Medical and sanitary report of the native army of Bengal for the year
Year: 1877
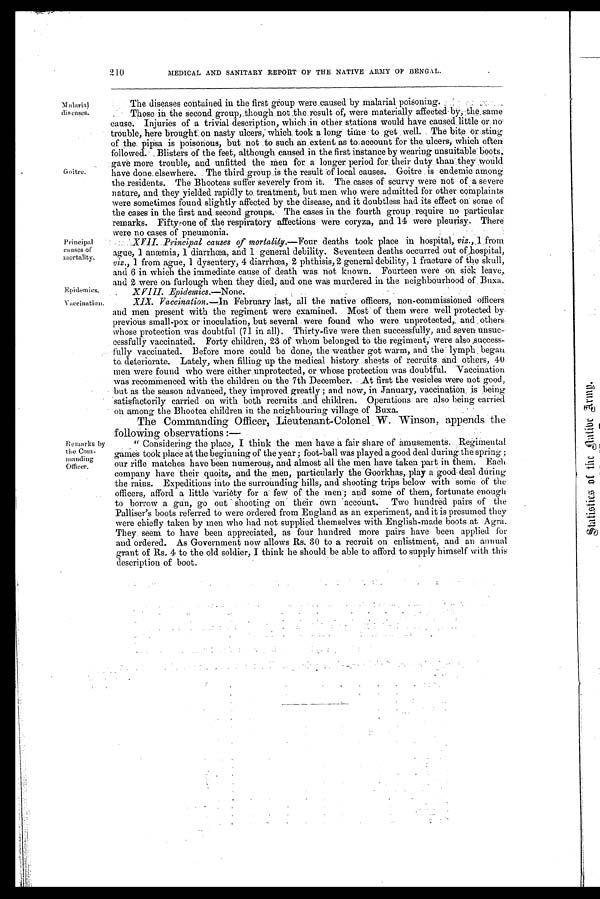
210
MEDICAL AND SANITARY REPORT OF THE NATIVE ARMY OF BENGAL.
Malarial
diseases.
Goitre.
Principal
causes of
mortality.
Epidemics.
The diseases contained in the first group were caused by malarial poisoning.
Those in the second group, though not the result of, were materially affected by, the same
cause. Injuries of a trivial description, which in other stations would have caused.little or,
trouble, here brought on nasty ulcers; which, took a long time to get well The bite or sting
of the pipsa is poisonous, but not to such an extent as to account for the ulcers, which often
followed. Blisters of the feet, although caused in the first instance by wearing unsuitable boots,
gave more trouble, and unfitted the men for a longer period for their duty than they would
have done elsewhere. The third group is the result of local causes. Goitre is endemic among
the residents. The Bhooteas suffer severely from it. The cases of scurvy were not of a severe
nature, and they yielded rapidly to treatment, but men who were admitted for other complaints
were sometimes found slightly affected by the disease, and it doubtless had its effect on some of
the cases in the first and second groups. The cases in the fourth group require no particular
remarks. Fifty-one of the respiratory affections were coryza, and 14 were pleurisy. There
were no cases of pneumonia.
XVII. Principal causes of mortality.— Four deaths took place in hospital, viz., 1 from
ague,1 anæmia,1 diarrhœa, and 1 general debility. Seventeen deaths occurred out of hospital,
viz., 1 from ague, 1 dysentery, 4 diarrhœa, 2 phthisis, 2 general debility, 1 fracture of the skull,
and 6 in which the immediate cause of death was not known. Fourteen were on sick leave,
and 2 were on furlough when they died, and one was murdered in the neighbourhood of. Buxa.
X VIII. Epidemics.— None .
Vaccination.
Remarks by
the Com
-manding
Officer.
XIX. Vaccination.— In February last, all the native officers, non-commissioned officers
and men present with the regiment were examined. Most of them Were well protected by
previous small-pox or inoculation, but several were found who were unprotected, and others
whose protection was doubtful (71 in all). Thirty-five were then successfully, and seven unsuc-
cessfully vaccinated. Forty Children, 23 of whom belonged to the regiment, were also ,success
-
fully vaccinated. Before more could be done, the weather got warm, and the lymph began
to deteriorate. Lately, when filling up the medical history sheets of recruits and others, 40
men were found who were either unprotected, or whose protection was doubtful. Vaccination
was recommenced with the children on the 7th December. At first the vesicles were not good,
but as the season advanced, they improved greatly; and now, in January, vaccination is being
satisfactorily carried on with both recruits and children. Operations are also being carried
on among the Bhootea children in the neighbouring village, of Buxa.
The Commanding Officer, Lieutenant-Colonel W. Winson, appends the
following observations:—
"Considering the place, I think the men have a fair share of amusements Regimental
games took place at the beginning of the year; foot-ball was played a good deal during the spring;
our rifle matches have been numerous, and almost all the men have taken part in them. Each
company have their quoits, and the men, particularly the Goorkhas, play a good deal during
the rains. Expeditions into the surrounding hills, and shooting trips below with some of the
officers, afford a little variety for a few of the men; and some of them, fortunate enough
to borrow a gun, go out shooting on their own account. Two hundred pairs of the
Palliser's boots referred to were ordered from England as an experiment, and it is presumed they
were chiefly taken by men who had not supplied themselves with English-made boots at Agra.
They seem to have been appreciated, as four hundred more pairs have been applied for
and ordered. As Government now allows Rs. 30 to a recruit on enlistment, and an annual
grant of Rs. 4 to the old soldier, I think he should be able to afford to supply himself with this
description of boot.